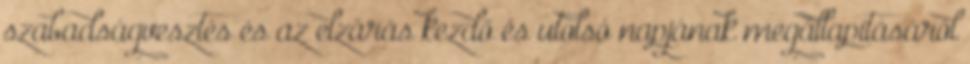
szabadságvesztés és az elzárás kezdő és utolsó napjának megállapításáról